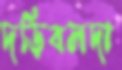
দড়িবলদা